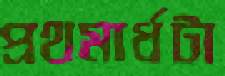
প্রথমার্ধটা